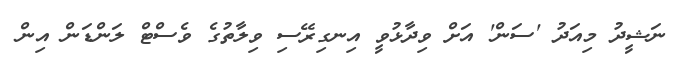
ނަޝީދު މިއަދު 'ސަން' އަށް ވިދާޅުވީ އިނގިރޭސި ވިލާތުގެ ވެސްޓް ލަންޑަން އިން